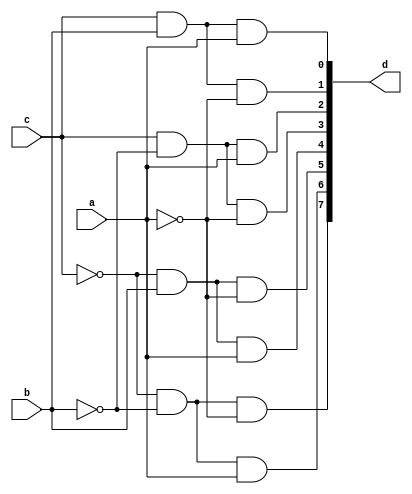

module decoder3to8(d,a,b,c);
input a,b,c;
output [7:0]d;
wire ab,bb,cb;

not(ab,a);
not(bb,b);
not(cb,c);

and(d[7],cb,bb,ab);
and(d[6],cb,bb,a);
and(d[5],cb,b,ab);
and(d[4],cb,b,a);
and(d[3],c,bb,ab);
and(d[2],c,bb,a);
and(d[1],c,b,ab);
and(d[0],c,b,a);
endmodule

module decoder3to8test;
reg a,b,c;
wire [7:0]d;
decoder3to8 d3t8(d,a,b,c);
initial
begin

     c=0; b=0; a=0; 
#100 c=0; b=0; a=1;
#100 c=0; b=1; a=0;
#100 c=0; b=1; a=1;
#100 c=1; b=0; a=0;
#100 c=1; b=0; a=1;
#100 c=1; b=1; a=0;
#100 c=1; b=1; a=1;

end
endmodule